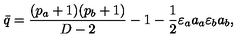
\bar { q } = \frac { ( p _ { a } + 1 ) ( p _ { b } + 1 ) } { D - 2 } - 1 - \frac { 1 } { 2 } \varepsilon _ { a } a _ { a } \varepsilon _ { b } a _ { b } ,